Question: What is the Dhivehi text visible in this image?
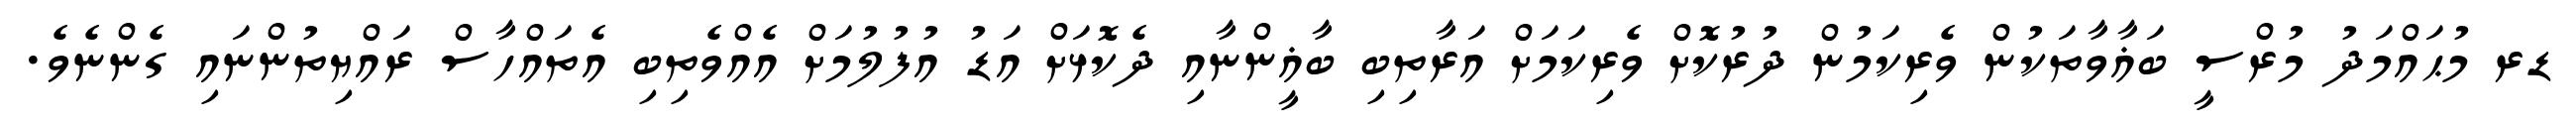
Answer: ޑރ މުޙައްމަދު މުރްސީ ބަޣާވާތަކުން ވެރިކަމުން ދުރުކޮށް ވެރިކަމަށް އަރާތިބި ބާޣީންނާއި ދެކޮޅަށް އަޑު އުފުލުމަށް އެއްވެތިބި އެތައްހާސް ރައްޔިތުންނައި ގެންނެވެ.